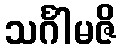
သင်္ဂါမဇိ